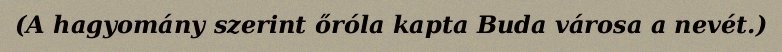
(A hagyomány szerint őróla kapta Buda városa a nevét.)